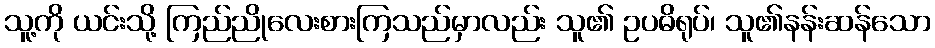
သူ့ကို ယင်းသို့ ကြည်ညိုလေးစားကြသည်မှာလည်း သူ၏ ဥပဓိရုပ်၊ သူ၏နန်းဆန်သော